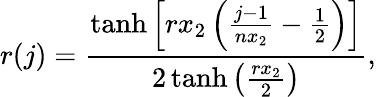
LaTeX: r(j)=\frac{\operatorname{tanh}\left[rx_{2}\left(\frac{j-1}{nx_{2}}-\frac{1}{2}\right)\right]}{2\operatorname{tanh}\left(\frac{rx_{2}}{2}\right)},